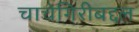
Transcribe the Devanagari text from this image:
चाचेगिरीबद्दल